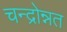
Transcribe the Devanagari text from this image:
चन्द्रोन्नत